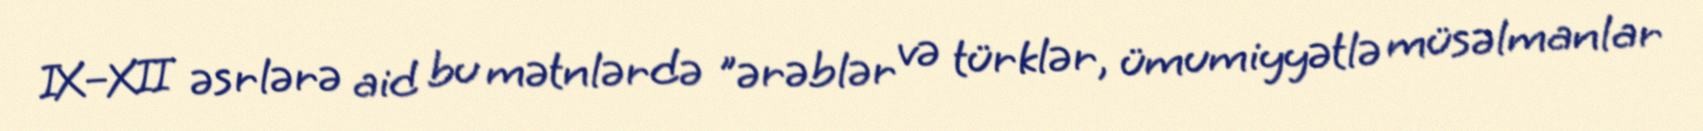
IX–XII əsrlərə aid bu mətnlərdə "ərəblər və türklər, ümumiyyətlə müsəlmanlar